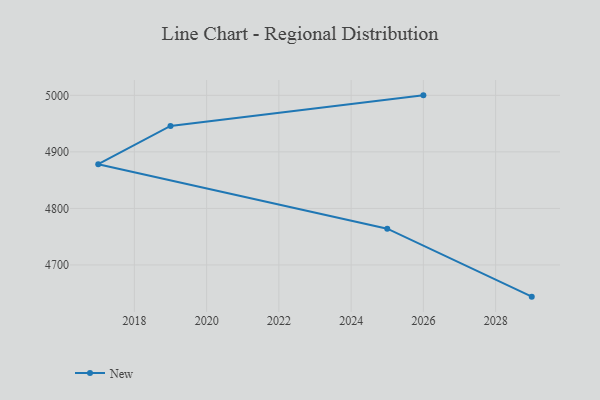
{"axis": {"x": "Year", "y": "Population (Million)"}, "legend": ["New"], "data": [{"x": "2029", "y": 4643.9, "type": "New"}, {"x": "2025", "y": 4764.2, "type": "New"}, {"x": "2017", "y": 4878.2, "type": "New"}, {"x": "2019", "y": 4945.9, "type": "New"}, {"x": "2026", "y": 5000, "type": "New"}]}